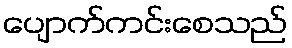
ပျောက်ကင်းစေသည်